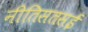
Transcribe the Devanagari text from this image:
नीतिसतसई